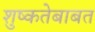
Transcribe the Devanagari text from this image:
शुष्कतेबाबत